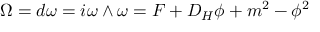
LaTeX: \Omega = d \omega = i \omega \wedge \omega = F + D _ { H } \phi + m ^ { 2 } - \phi ^ { 2 }